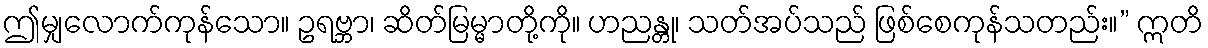
ဤမျှလောက်ကုန်သော။ ဥရဗ္ဘာ၊ ဆိတ်မြမ္မာတို့ကို။ ဟညန္တု၊ သတ်အပ်သည် ဖြစ်စေကုန်သတည်း။” ဣတိ